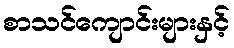
စာသင်ကျောင်းများနှင့်